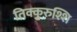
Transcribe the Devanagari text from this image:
तिक्कुरुश्शि